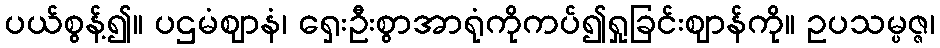
ပယ်စွန့်၍။ ပဌမံဈာနံ၊ ရှေးဦးစွာအာရုံကိုကပ်၍ရှုခြင်းဈာန်ကို။ ဥပသမ္ပဇ္ဇ၊